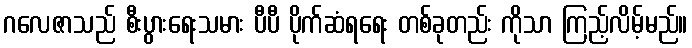
ဂလေဇာသည် စီးပွားရေးသမား ပီပီ ပိုက်ဆံရရေး တစ်ခုတည်း ကိုသာ ကြည့်လိမ့်မည်။